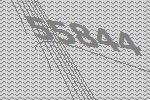
55844